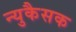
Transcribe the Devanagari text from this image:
न्युकैसक